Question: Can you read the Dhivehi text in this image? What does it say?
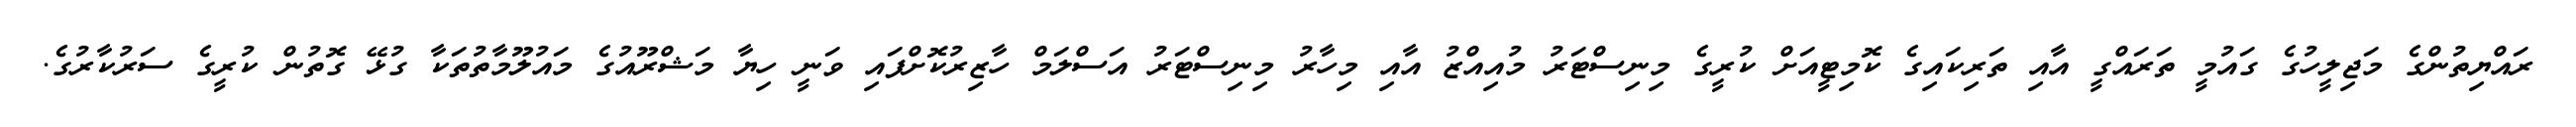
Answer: ރައްޔިތުންގެ މަޖިލީހުގެ ގައުމީ ތަރައްގީ އާއި ތަރިކައިގެ ކޮމިޓީއަށް ކުރީގެ މިނިސްޓަރު މުއިއްޒު އާއި މިހާރު މިނިސްޓަރު އަސްލަމް ހާޒިރުކޮށްފައި ވަނީ ހިޔާ މަޝްރޫއުގެ މައުލޫމާތުތަކާ ގުޅޭ ގޮތުން ކުރީގެ ސަރުކާރުގެ.